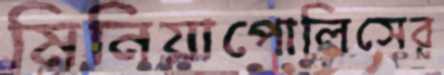
মিনিয়াপোলিসের